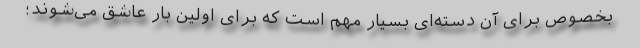
بخصوص برای آن دسته‌ای بسیار مهم است که برای اولین بار عاشق می‌شوند؛